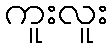
ကူးလူး